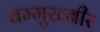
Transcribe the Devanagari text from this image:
चम्मुख्बीर